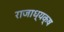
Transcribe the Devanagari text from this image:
राजाध्‍यक्ष